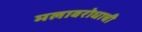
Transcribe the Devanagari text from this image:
मलावरोधाची